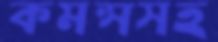
কমন্সসহ